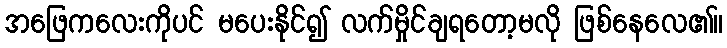
အဖြေကလေးကိုပင် မပေးနိုင်၍ လက်မှိုင်ချရတော့မလို ဖြစ်နေလေ၏။